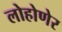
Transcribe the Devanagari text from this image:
लोहोणेर